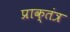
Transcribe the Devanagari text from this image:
प्राक्तंत्र